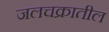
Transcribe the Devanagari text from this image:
जलचक्रातील